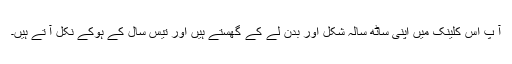
آ پ اس کلینک میں اپنی ساٹھ سالہ شکل اور بدن لے کے گھستے ہیں اور تیس سال کے ہوکے نکل آ تے ہیں۔